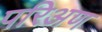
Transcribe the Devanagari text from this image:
परिअण